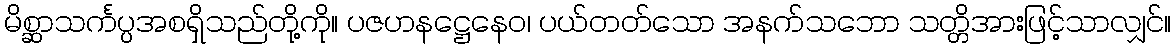
မိစ္ဆာသင်္ကပ္ပအစရှိသည်တို့ကို။ ပဇဟနဋ္ဌေနေဝ၊ ပယ်တတ်သော အနက်သဘော သတ္တိအားဖြင့်သာလျှင်။